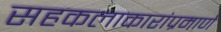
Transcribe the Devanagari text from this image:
सहकलाकारांप्रमाणे